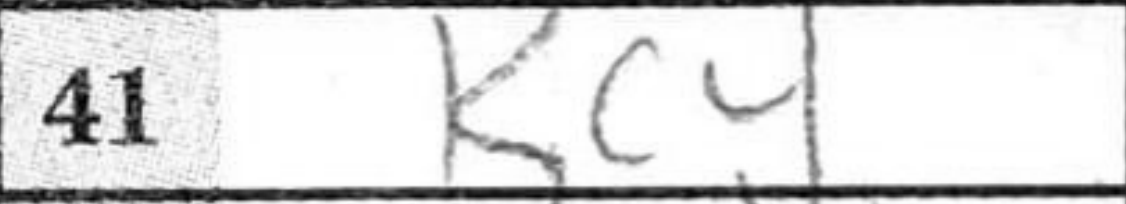
Transcription: Kc4